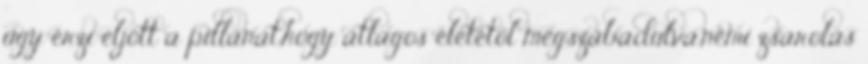
úgy érzi eljött a pillanat,hogy átlagos életétől megszabadulva,némi zsarolás